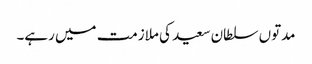
مدتوں سلطان سعید کی ملازمت میں رہے۔